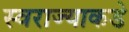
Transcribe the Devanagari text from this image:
स्वराज्याकडे